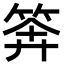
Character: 𥮈